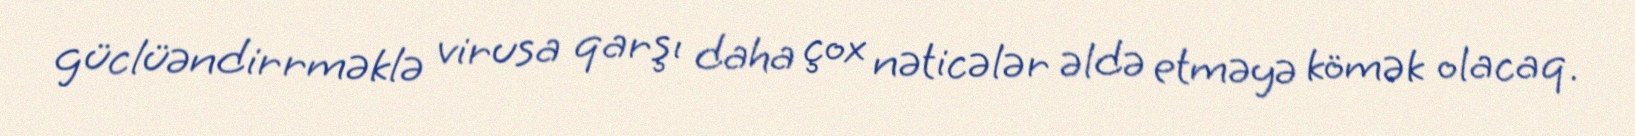
güclüəndirrməklə virusa qarşı daha çox nəticələr əldə etməyə kömək olacaq.